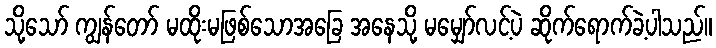
သို့သော် ကျွန်တော် မထိုးမဖြစ်သောအခြေ အနေသို့ မမျှော်လင့်ပဲ ဆိုက်ရောက်ခဲ့ပါသည်။